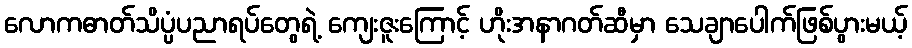
လောကဓာတ်သိပ္ပံပညာရပ်တွေရဲ့ ကျေးဇူးကြောင့် ဟိုးအနာဂတ်ဆီမှာ သေချာပေါက်ဖြစ်ပွားမယ့်